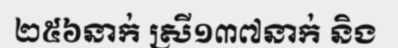
២៥៦នាក់ ស្រី១៣៧នាក់ និង